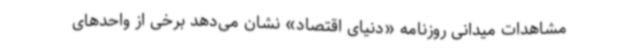
مشاهدات میدانی روزنامه «دنیای اقتصاد» نشان می‌دهد برخی از واحدهای